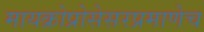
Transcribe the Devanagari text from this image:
मायक्रोप्रोसेसरप्रमाणेच